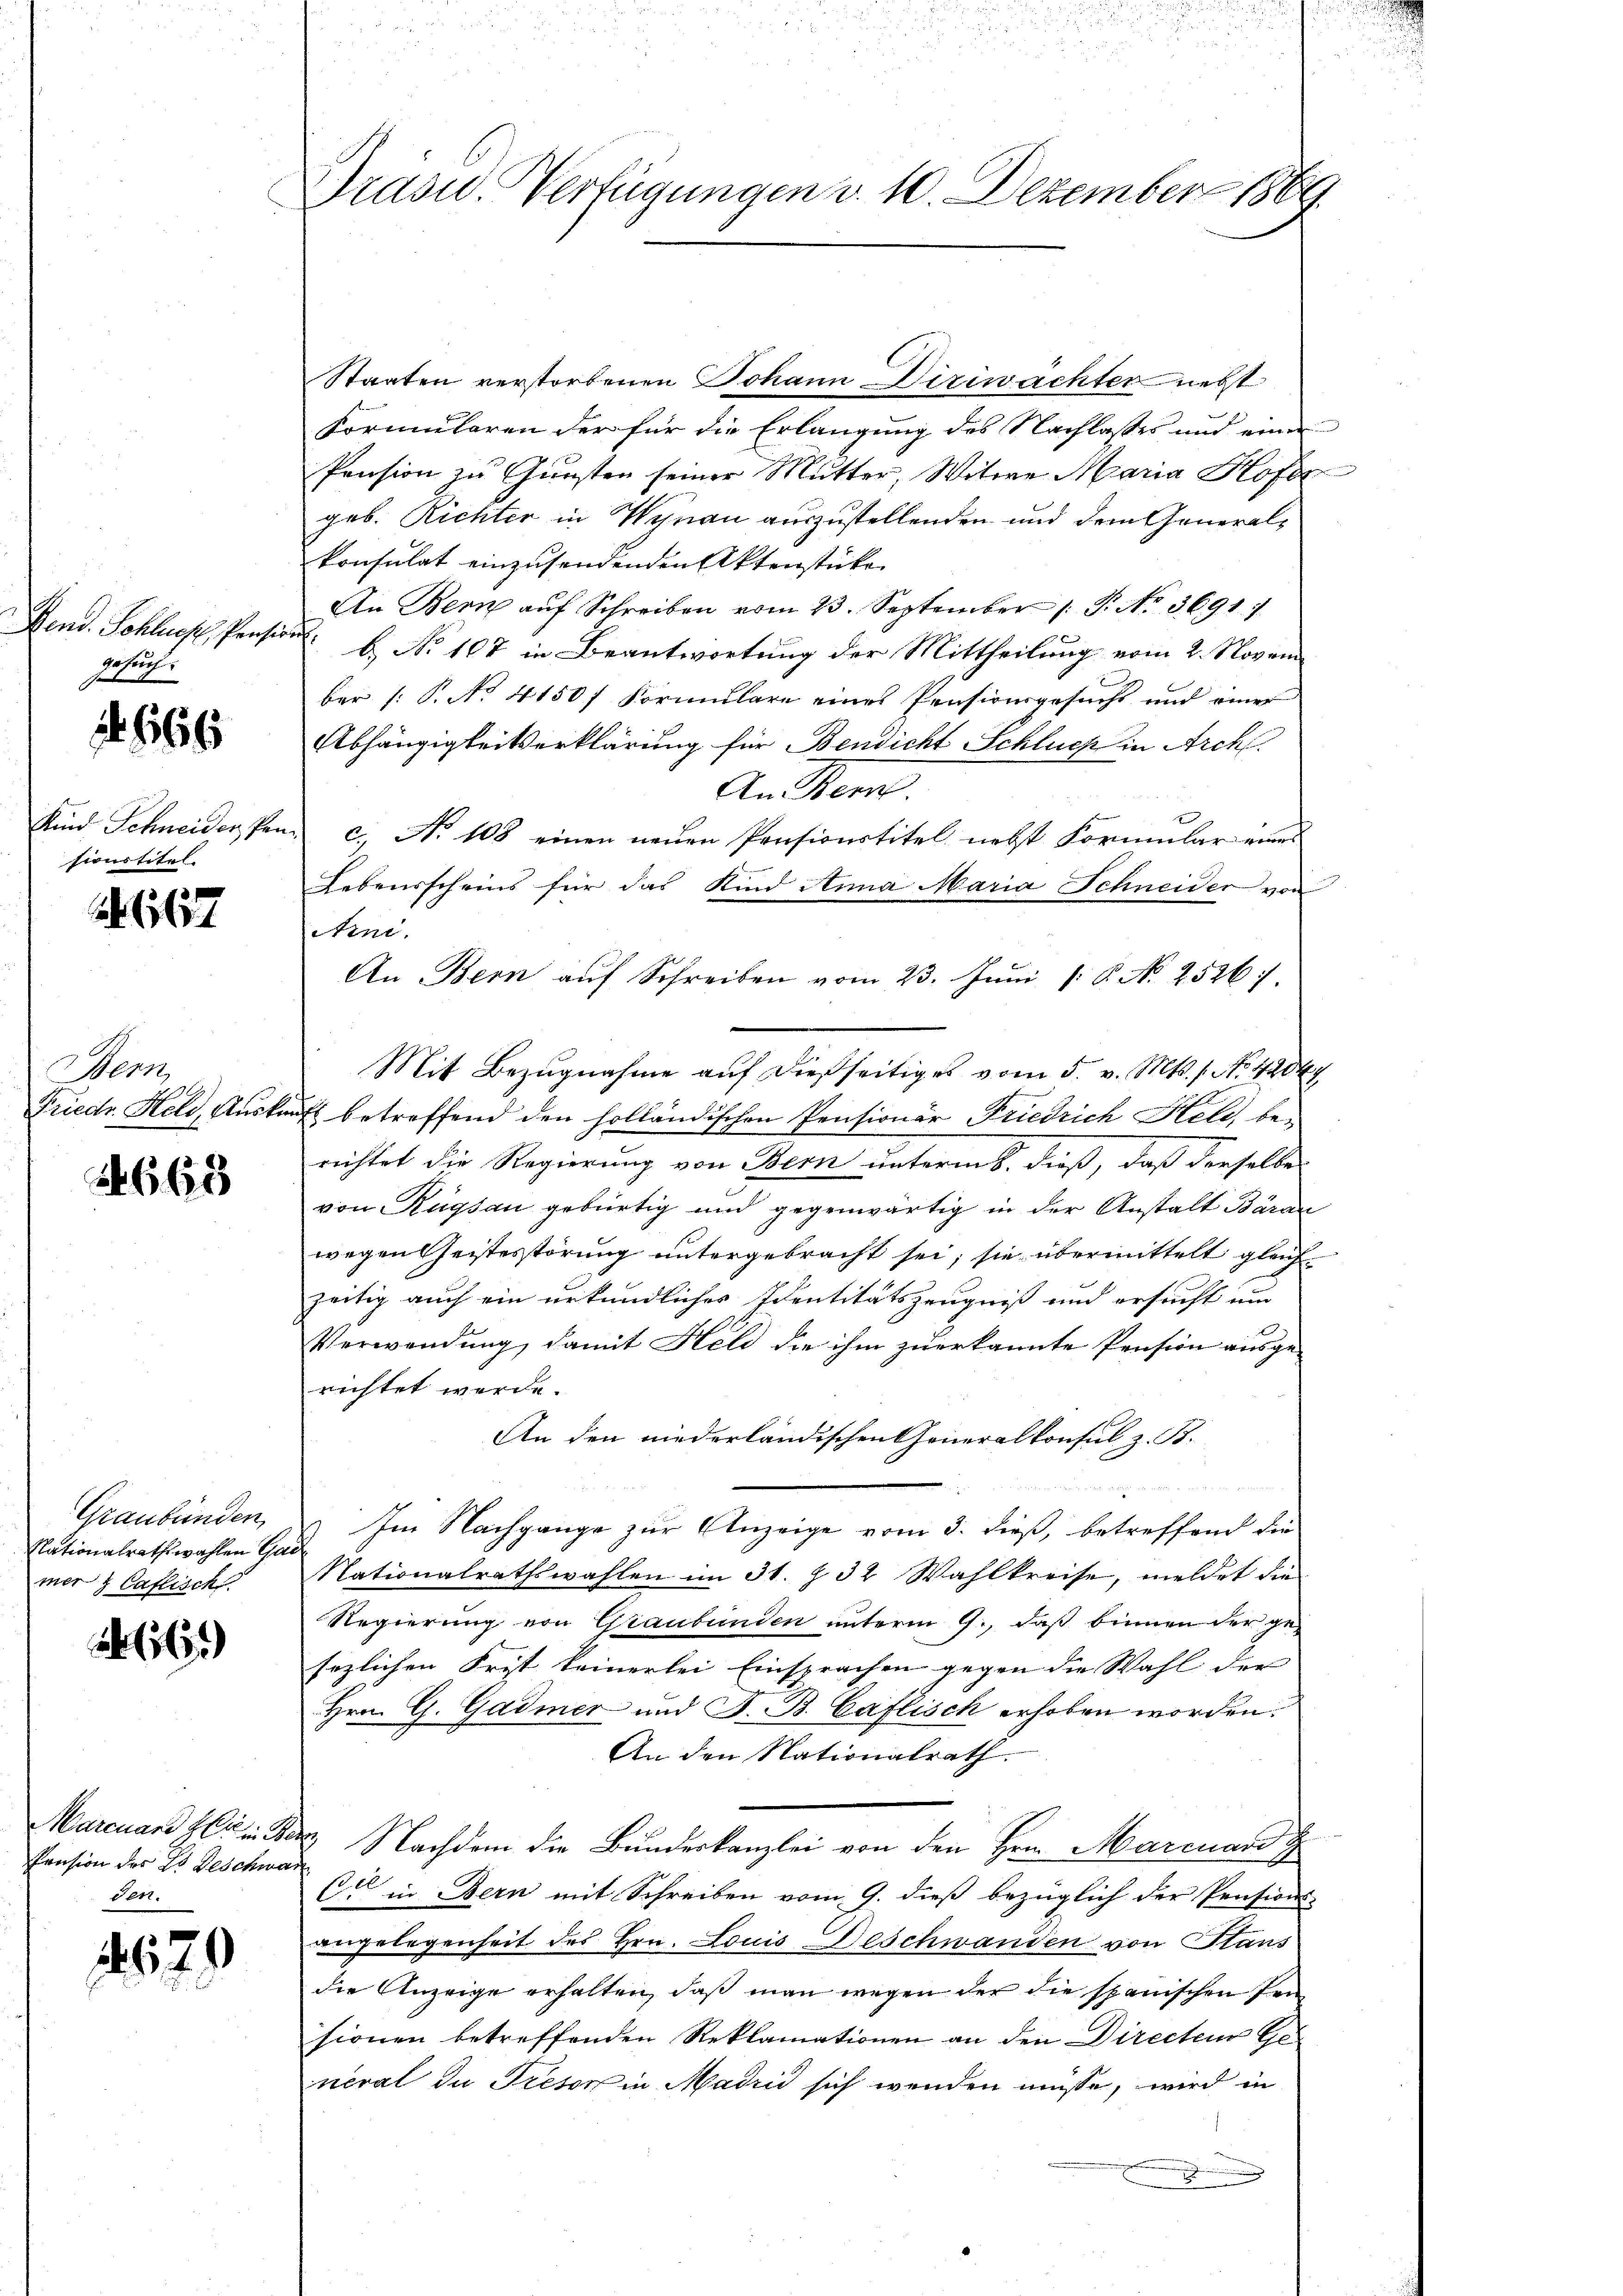
Vend. Schlues Pension
gesuch.

it. 666

sionstitel.

. 667

Bern,

2660

Graubünden,
Nationalrathswahlen Gad
mer & Caflisch

26.)

Pension des E. Geschwar
den.

629

Drasid. Verfügungen v. 10. Dezember 1889.

Staaten verstorbenen Johann Diriwachter nebst
Formularen der für die Erlangung des Nachlasses und einer
Pension zu Gunsten seiner Mutter, Witwe Maria Hofes
geb. Richter in Wynau auszustellenden und dem Generalkonsulat einzusendenden Aktenstücke
An Bern auf Schreiben vom 23. September 1 S. No 3691
b. No 107 in Beantwortung der Mittheilung vom 2. Novem
ber (: P. No. 41507 Formulare eines Pensionsgesuchs und einer
Abhängigkeitserklärung für Bendicht Schluch in Arch.
An Bern.
Kind Schneider Pen c. No 108 einen neuen Pensionstitel nebst Formular eines
Lebensscheins für das Kind Anna Maria Schneider von
Arni.
An Bern aŭf Schreiben vom 23. Juni 18. No. 2526).
Mit Bezugnahme auf dießseitiges vom 5. v. Mts. s. No. 4204
Friedr. Held, Auskaufs betreffend den holländischen Pensionär Friedrich Held, berichtet die Regierung von Bern unterm 8. dieß, daß derselbe
von Rügsau gebürtig und gegenwärtig in der Anstalt Bären
wegen Geistesstörung untergebracht sei; sie übermittelt gleichzeitig auch ein urkundliches Identitätszeugniß und ersucht und
Verwendung, damit Held die ihm zuerkannte Pension ausge-
richtet werde.
An den niederländischen Generalkonsul z. B.
Im Nachgange zur Anzeige vom 3. dieß, betreffend die
Nationalrathswahlen im 31. § 32 Wahlkreise, meldet die
Regierung von Graubünden unterm 9., daß binnen der ge-
sezlichen Frist keinerlei Einsprachen gegen die Wahl der
Hrn. G. Gadmer und J. B. Caflisch erhoben worden.
An den Nationalrath.
Marcuard Hrn. Der Nachdem die Bundeskanzlei von den Hrn. Marcuard d
Cie in Bern mit Schreiben vom 9. dieß bezüglich der Pensions-
angelegenheit des Hrn. Louis Deschwanden von Stans
die Anzeige erhalten, daß man wegen der die spanischen Pensionen betreffenden Reklamationen an den Directem General du Tresor in Madrid sich wenden müsse, wird in
.